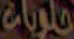
علومات